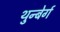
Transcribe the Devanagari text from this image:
थुन्बेर्ग